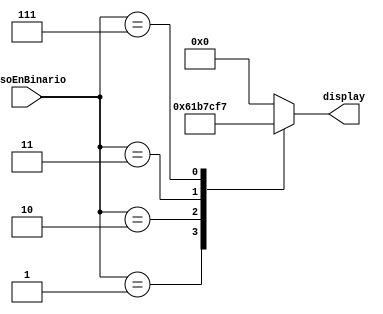
`timescale 1ms / 1ns
//////////////////////////////////////////////////////////////////////////////////
// Company:  Universidad Tecnolgica Nacional - Facutlad Regional Crdoba
//
// Design Name:
// Module Name:    decoderDe3bitsA7segmentos
// Project Name:   MontacargasProyectoFinal
// Target Devices:
// Tool versions:
// Description:    La funcin de este mdulo es la de decodificar el nmero binario que
//    representa el piso en el cual se encuentra el montacargas. Este mdulo decodifica a 
//    los 7 segmentos que poseen los displays utilizados.
// Dependencies:
//
// Revision:
// Revision 0.01 - File Created
// Additional Comments: 
//
//////////////////////////////////////////////////////////////////////////////////
module decoderDe3bitsA7segmentos(
  input      [2:0] pisoEnBinario, 
  output reg [6:0] display 
  );
		
  always @( pisoEnBinario )
  begin 
    case ( pisoEnBinario )
      3'b000 : display <= 7'b0000000; // Display apagado.
      3'b001 : display <= 7'b0110000; // Nmero 1 para 7 segmentos. 
      3'b010 : display <= 7'b1101101; // Nmero 2 para 7 segmentos.
      3'b011 : display <= 7'b1111001; // Nmero 2 para 7 segmentos.
      3'b111 : display <= 7'b1110111; // Letra A para 7 segmentos.
      default: display <= 7'b0000000; // Display apagado.
    endcase 
    
  end
endmodule